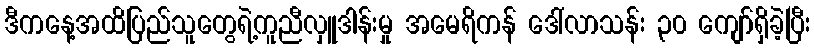
ဒီကနေ့အထိပြည်သူတွေရဲ့ကူညီလှူဒါန်းမှု အမေရိကန် ဒေါ်လာသန်း ၃၀ ကျော်ရှိခဲ့ပြီး